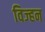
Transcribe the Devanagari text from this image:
विज्हन